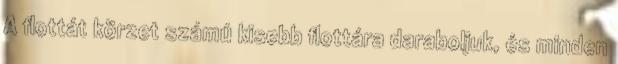
A flottát körzet számú kisebb flottára daraboljuk, és minden